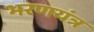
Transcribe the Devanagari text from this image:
भरणयंत्र